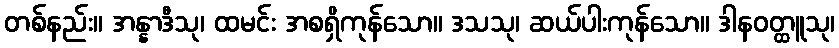
တစ်နည်း။ အန္နာဒီသု၊ ထမင်း အစရှိကုန်သော။ ဒသသု၊ ဆယ်ပါးကုန်သော။ ဒါနဝတ္ထူသု၊